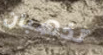
تذهبان